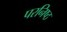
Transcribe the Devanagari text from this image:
परनिष्ठ